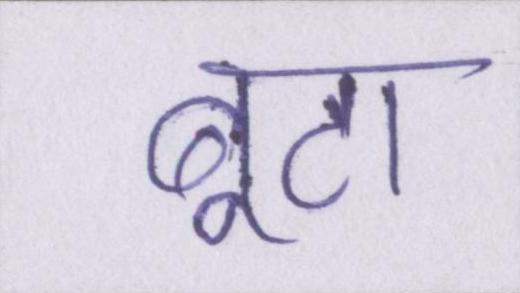
बूटा